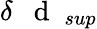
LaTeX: \delta\mathrm{~{~\mathbf~d~}~}_{sup}